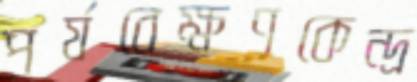
পর্যবেক্ষণকেন্দ্র